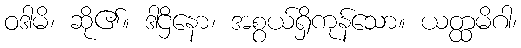
ဝဒါမိ၊ ဆို၏။ ဒါဌိနော၊ အစွယ်ရှိကုန်သော။ ယတ္ထမိဂါ၊